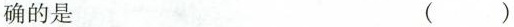
确的是（）